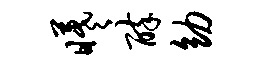
曦醉幼